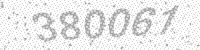
Solution: 380061